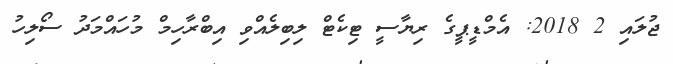
ޖުލައި 2 2018: އެމްޑީޕީގެ ރިޔާސީ ޓިކެޓް ލިބިލެއްވި އިބްރާހިމް މުހައްމަދު ސޯލިހު